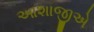
આશાજીએ